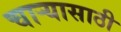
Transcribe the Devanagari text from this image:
चाऱ्यासाठी